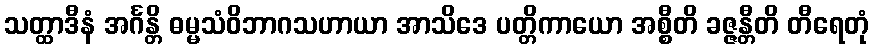
သတ္ထာဒီနံ အင်္ဂန္တိ ဓမ္မသံဝိဘာဂသဟာယာ အာသိဒေ ပတ္တိကာယော အစ္စီတိ ခဇ္ဇန္တီတိ တီရေတုံ